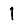
Digit: 1